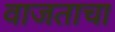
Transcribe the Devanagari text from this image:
वाजताचा